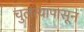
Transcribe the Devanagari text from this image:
चुलत्यापासून